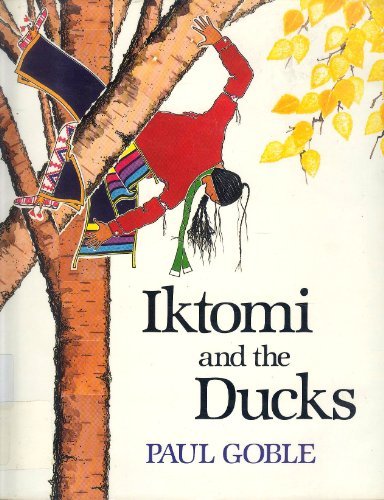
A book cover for Iktomi and the Ducks: A Plains Indian Story; Paul Goble; Children's Books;